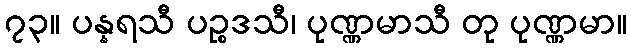
၇၃။ ပန္နရသီ ပဉ္စဒသီ၊ ပုဏ္ဏမာသီ တု ပုဏ္ဏမာ။